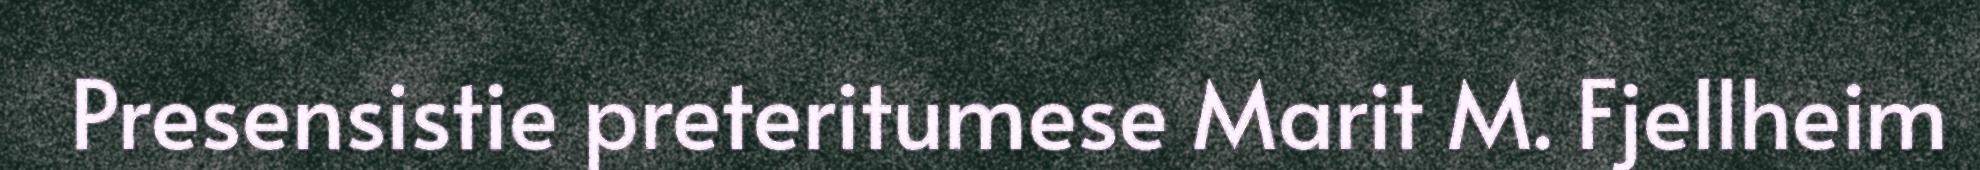
Presensistie preteritumese Marit M. Fjellheim